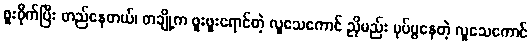
စူးစိုက်ပြီး တည်နေတယ်၊ တချို့က ဖူးဖူးရောင်တဲ့ လူသေကောင် ညိုမည်း ပုပ်ပွနေတဲ့ လူသေကောင်